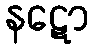
နဋော